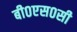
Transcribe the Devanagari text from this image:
बी०एस०सी